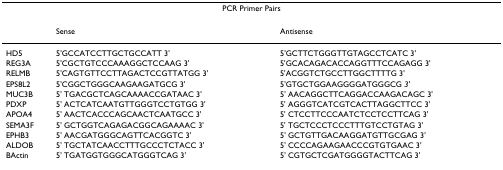
<table><thead><tr><td colspan="3"><b>PCR Primer Pairs</b></td></tr></thead><tbody><tr><td></td><td>Sense</td><td>Antisense</td></tr><tr><td>HD5</td><td>5&#x27;GCCATCCTTGCTGCCATT 3&#x27;</td><td>5&#x27;GCTTCTGGGTTGTAGCCTCATC 3&#x27;</td></tr><tr><td>REG3A</td><td>5&#x27;CGCTGTCCCAAAGGCTCCAAG 3&#x27;</td><td>5&#x27;GCACAGACACCAGGTTTCCAGAGG 3&#x27;</td></tr><tr><td>RELMB</td><td>5&#x27;CAGTGTTCCTTAGACTCCGTTATGG 3&#x27;</td><td>5&#x27;ACGGTCTGCCTTGGCTTTTG 3&#x27;</td></tr><tr><td>EPS8L2</td><td>5&#x27;CGGCTGGGCAAGAAGATGCG 3&#x27;</td><td>5&#x27;GTGCTGGAAGGGGATGGGCG <i>3&#x27;</i></td></tr><tr><td>MUC3B</td><td>5&#x27; TGACGCTCAGCAAAACCGATAAC 3&#x27;</td><td>5&#x27; AACAGGCTTCAGGACCAAGACAGC 3&#x27;</td></tr><tr><td>PDXP</td><td>5&#x27; ACTCATCAATGTTGGGTCCTGTGG 3&#x27;</td><td>5&#x27; AGGGTCATCGTCACTTAGGCTTCC 3&#x27;</td></tr><tr><td>APOA4</td><td>5&#x27; AACTCACCCAGCAACTCAATGCC 3&#x27;</td><td>5&#x27; CTCCTTCCCAATCTCCTCCTTCAG 3&#x27;</td></tr><tr><td>SEMA3F</td><td>5&#x27; GCTGGTCAGAGACGGCAGAAAAC 3&#x27;</td><td>5&#x27; TGCTCCCTCCCTTTGTCCTGTAG 3&#x27;</td></tr><tr><td>EPHB3</td><td>5&#x27; AACGATGGGCAGTTCACGGTC 3&#x27;</td><td>5&#x27; GCTGTTGACAAGGATGTTGCGAG 3&#x27;</td></tr><tr><td>ALDOB</td><td>5&#x27; TGCTATCAACCTTTGCCCTCTACC 3&#x27;</td><td>5&#x27; CCCCAGAAGAACCCGTGTGAAC 3&#x27;</td></tr><tr><td>BActin</td><td>5&#x27; TGATGGTGGGCATGGGTCAG 3&#x27;</td><td>5&#x27; CGTGCTCGATGGGGTACTTCAG 3&#x27;</td></tr></tbody></table>